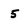
Character: 5